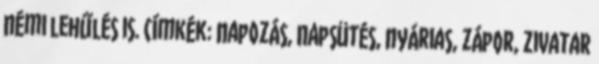
némi lehűlés is. Címkék: napozás, napsütés, nyárias, zápor, zivatar